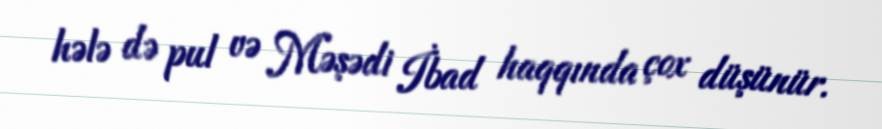
hələ də pul və Məşədi İbad haqqında çox düşünür.